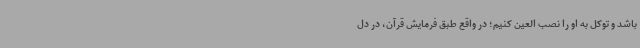
باشد و توکل به او را نصب العین کنیم؛ در واقع طبق فرمایش قرآن، در دل